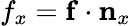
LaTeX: {f}_{x}=\mathbf{f}\cdot\mathbf{n}_{x}